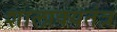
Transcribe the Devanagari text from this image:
शालाक्यतंत्र